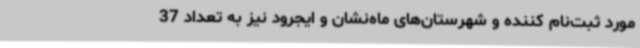
مورد ثبت‌نام کننده و شهرستان‌های ماه‌نشان و ایجرود نیز به تعداد 37